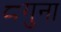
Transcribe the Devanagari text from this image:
८गुना